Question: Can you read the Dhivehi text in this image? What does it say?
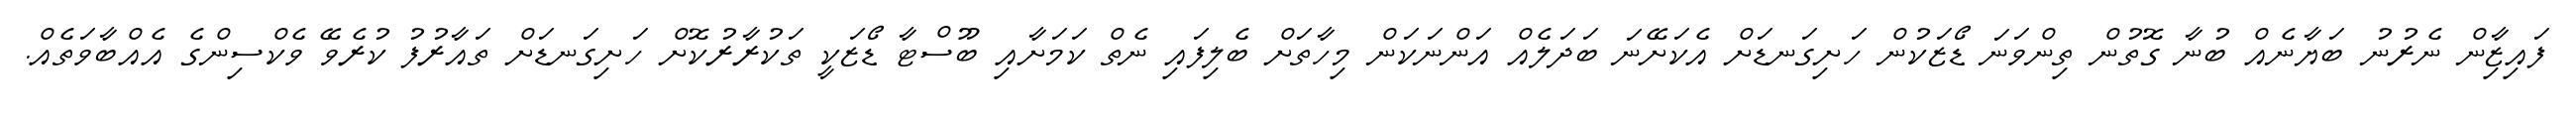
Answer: ފައިޒާިން ނެރުނު ބަޔާނެއް ބުނާ ގޮތުން ތިންވަނަ ޑޯޒަކުން ހަށިގަނޑަށް އެކަށޭނަ ބަދަލެއް އަންނަކަން މިހާތަށް ބެލިފައި ނެތް ކަމަށާއި ބޫސްޓާ ޑޯޒަކީ ތަކުރާރުކޮށް ހަށިގަނޑަށް ތައާރުފު ކުރެވޭ ވެކްސިންގެ އެއްބާވަތެއް.